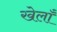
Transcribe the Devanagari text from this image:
खेलाँ